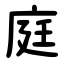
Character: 庭